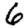
Digit: 6